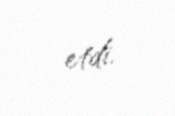
etdi.